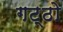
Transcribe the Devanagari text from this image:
गट्ठो